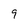
Character: 9